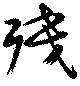
殘